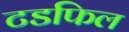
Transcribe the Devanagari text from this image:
टडफिल